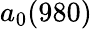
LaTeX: a_{0}(980)